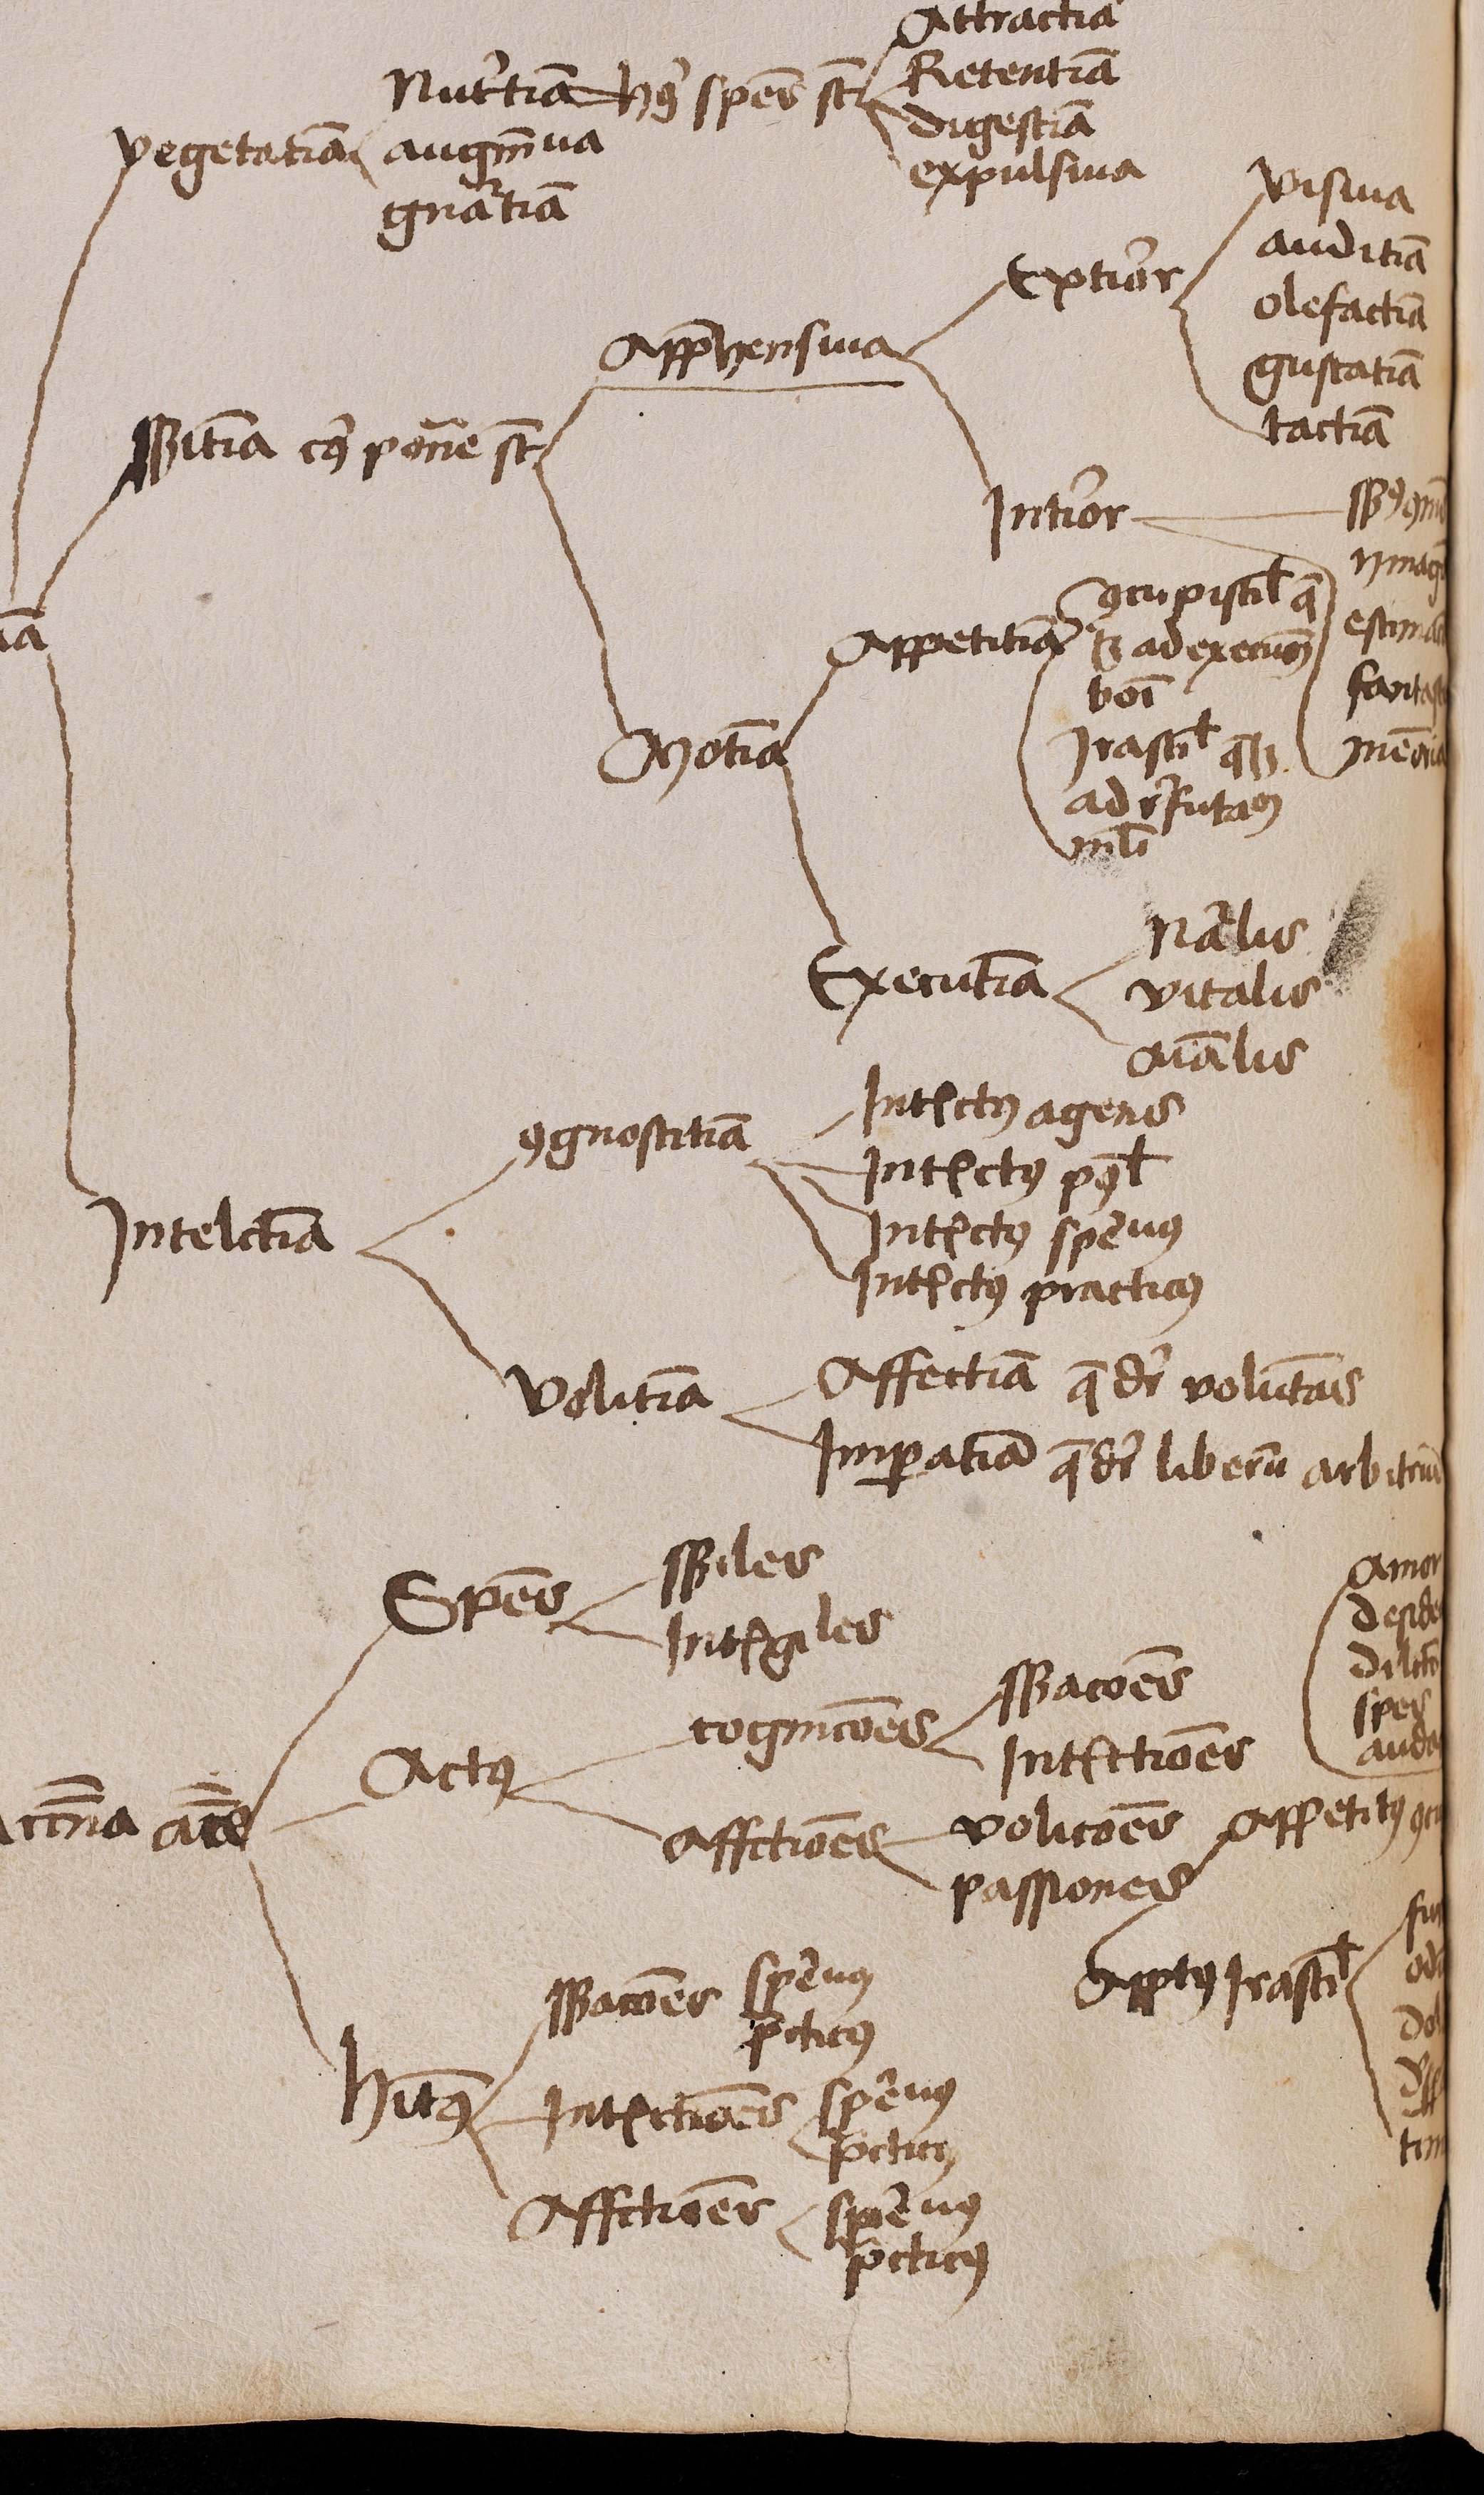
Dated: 1450–1474